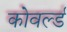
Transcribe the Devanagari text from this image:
कोवर्ल्ड